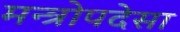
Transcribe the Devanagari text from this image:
मन्त्रोपदेसा